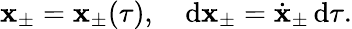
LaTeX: \mathbf{x}_{\pm}=\mathbf{x}_{\pm}(\tau),\quad\mathrm{{d}}\mathbf{x}_{\pm}=\dot{{\mathbf{x}}}_{\pm}\, \mathrm{{d}}\tau.